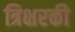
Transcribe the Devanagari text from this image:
त्रिक्षरकी